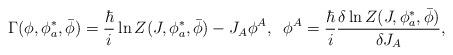
LaTeX: \begin{align*}\Gamma(\phi,\phi^{*}_a,\bar\phi)=\frac{\hbar}{i}\ln Z(J,\phi^*_{a},\bar{\phi})-J_A\phi^A,\;\;\phi^A=\frac{\hbar}{i} \frac{\delta\ln Z(J,\phi^*_{a},\bar{\phi})}{\delta J_A},\end{align*}